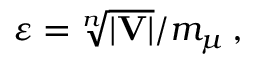
\varepsilon = \sqrt [ n ] { | \mathbf { V } | } / m _ { \mu } \, ,